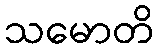
သမောတိ